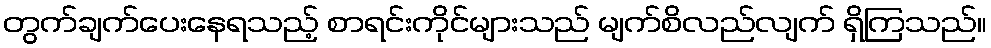
တွက်ချက်ပေးနေရသည့် စာရင်းကိုင်များသည် မျက်စိလည်လျက် ရှိကြသည်။